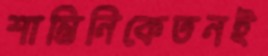
শান্তিনিকেতনই